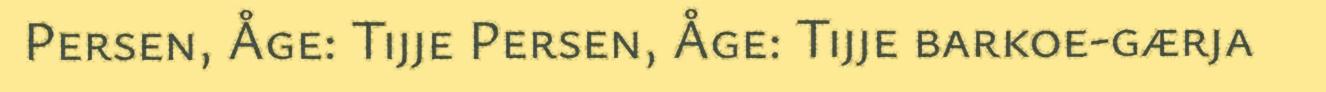
Persen, Åge: Tijje Persen, Åge: Tijje barkoe-gærja